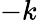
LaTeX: -k